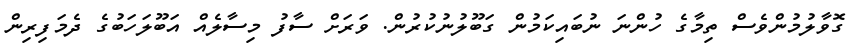
ގޮވާލުމުންވެސް ތިމާގެ ހުންނަ ނުބައިކަމުން ގަބޫލުނުކުރުން. ވަރަށް ސާފު މިސާލެއް އަބޫލަހަބުގެ ދެމަފިރިން